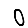
Digit: 0